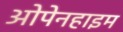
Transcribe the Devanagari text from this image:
ओपेनहाइम